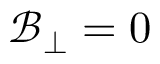
\mathcal { B } _ { \perp } = 0